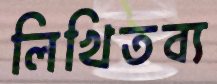
লিখিতব্য